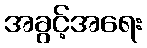
အခွင့်အရေး